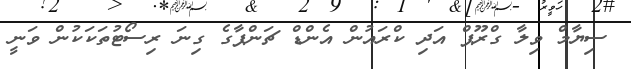
ސިޔާމް ވިލާ ގްރޫޕް އަދި ކްރައުން އެންޑް ޗަންޕާގެ ގިނަ ރިސޯޓުތަކަކުން ވަނީ